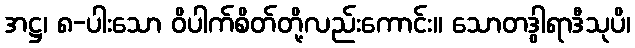
အဋ္ဌ၊ ၈-ပါးသော ဝိပါက်စိတ်တို့လည်းကောင်း။ သောတဒွါရာဒီသုပိ၊